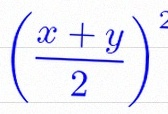
\left(\frac{x+y}{2}\right)^2